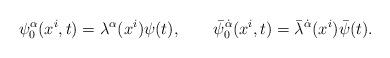
LaTeX: \begin{align*}\psi_0^{\alpha}(x^i,t) = \lambda^{\alpha}(x^i) \psi(t), \qquad\bar\psi_0^{\dot\alpha}(x^i,t) = \bar\lambda^{\dot\alpha}(x^i) \bar\psi(t).\end{align*}